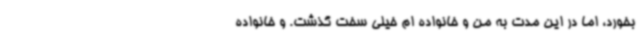
بخورد، اما در این مدت به من و خانواده ام خیلی سخت گذشت. و خانواده